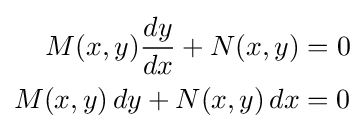
{\begin{aligned}M(x,y){\frac {dy}{dx}}+N(x,y)&=0\\M(x,y)\,dy+N(x,y)\,dx&=0\end{aligned}}